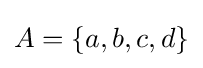
A=\{a,b,c,d\}